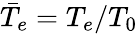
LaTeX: \bar{T}_{e}=T_{e}/T_{0}